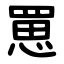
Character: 罳